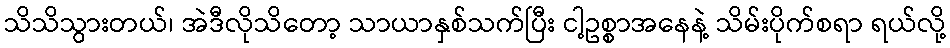
သိသိသွားတယ်၊ အဲဒီလိုသိတော့ သာယာနှစ်သက်ပြီး ငါ့ဥစ္စာအနေနဲ့ သိမ်းပိုက်စရာ ရယ်လို့